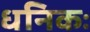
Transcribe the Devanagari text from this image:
धनिकः